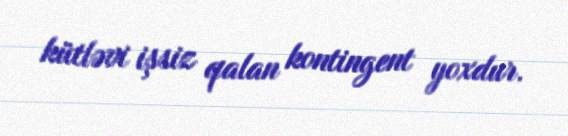
kütləvi işsiz qalan kontingent yoxdur.